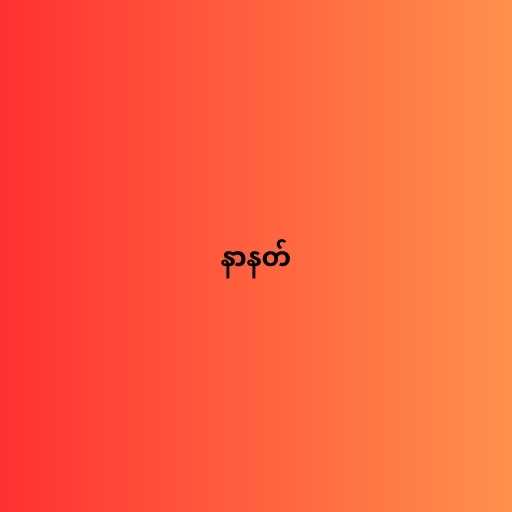
နာနတ်